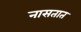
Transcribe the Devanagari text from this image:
नासतात